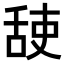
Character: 𦧜